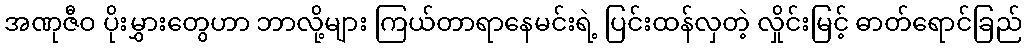
အဏုဇီဝ ပိုးမွှားတွေဟာ ဘာလို့များ ကြယ်တာရာနေမင်းရဲ့ ပြင်းထန်လှတဲ့ လှိုင်းမြင့် ဓာတ်ရောင်ခြည်